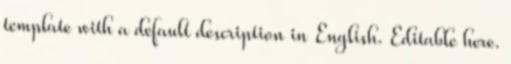
template with a default description in English. Editable here.